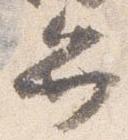
弁